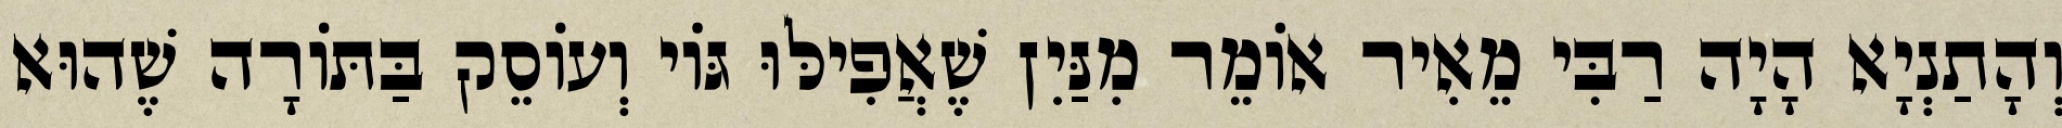
וְהָתַנְיָא הָיָה רַבִּי מֵאִיר אוֹמֵר מִנַּיִן שֶׁאֲפִילּוּ גּוֹי וְעוֹסֵק בַּתּוֹרָה שֶׁהוּא